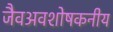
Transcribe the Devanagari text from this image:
जैवअवशोषकनीय